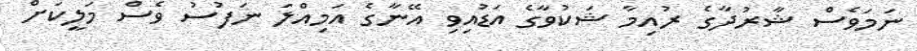
ނަމަވެސް ޝާރުދާގެ ރުއިމާ ޝަކުވާގެ އަޑުއިވި އޭނާގެ އަމިއްލަ ނަފުސު ވެސް މަލީކަށް